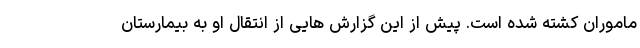
ماموران کشته شده است. پیش از این گزارش هایی از انتقال او به بیمارستان